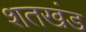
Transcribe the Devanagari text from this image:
शतखंड